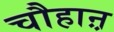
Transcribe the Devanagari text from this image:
चौहाऩ़